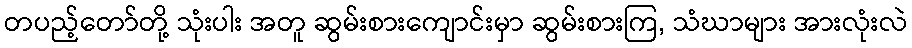
တပည့်တော်တို့ သုံးပါး အတူ ဆွမ်းစားကျောင်းမှာ ဆွမ်းစားကြ, သံဃာများ အားလုံးလဲ